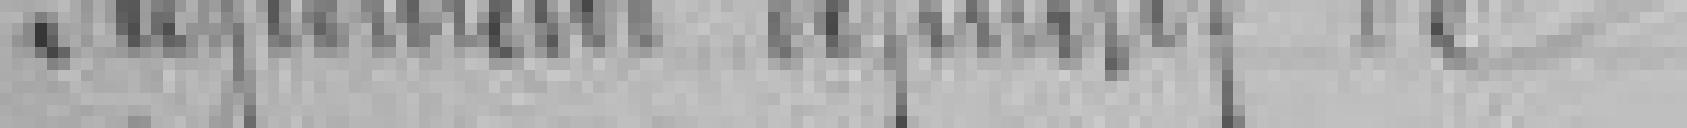
Réglement définitif de